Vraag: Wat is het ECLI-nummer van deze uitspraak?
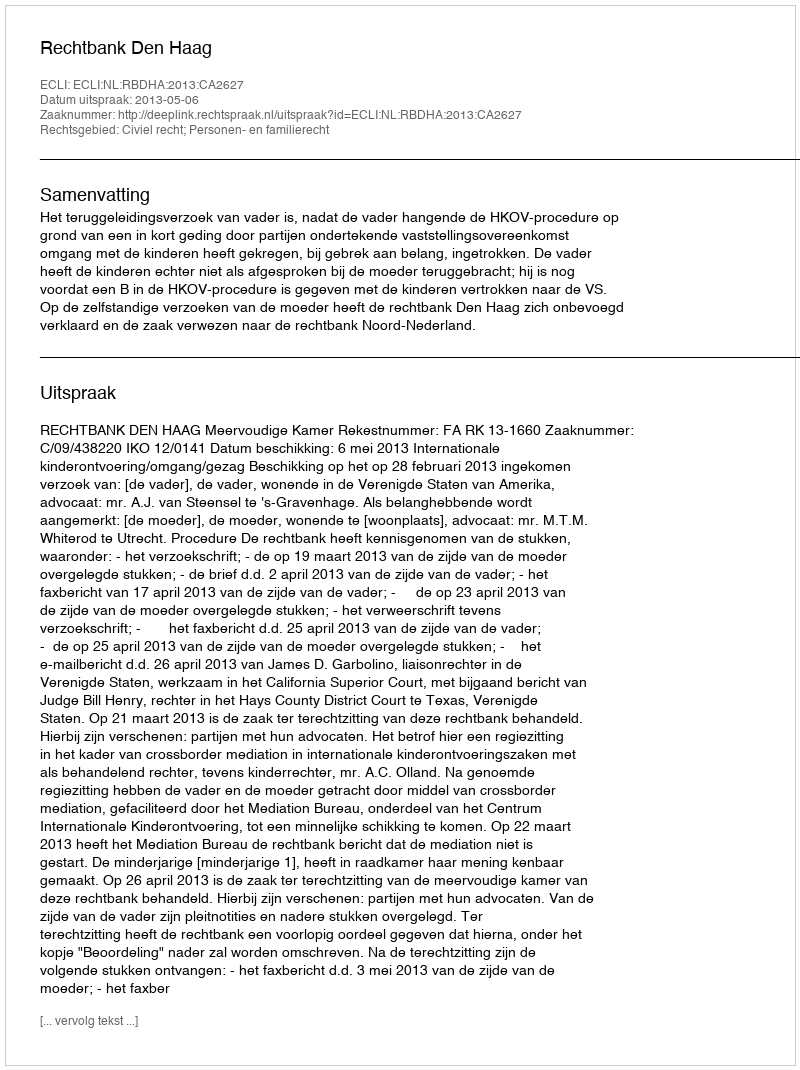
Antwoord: ECLI:NL:RBDHA:2013:CA2627